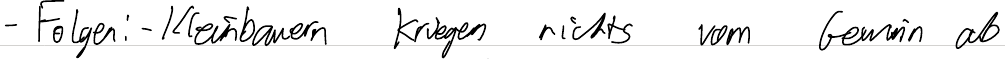
- Folgen: - Kleinbauern kriegen nichts vom Gewinn ab